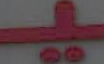
ـيـ